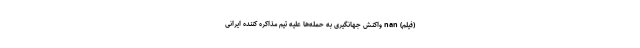
(فیلم) nan واکنش جهانگیری به حمله‌ها علیه تیم مذاکره کننده ایرانی